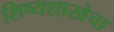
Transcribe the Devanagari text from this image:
शिष्यशाखेचा